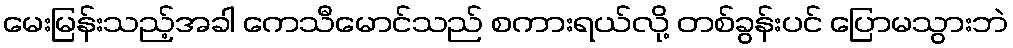
မေးမြန်းသည့်အခါ ကေသီမောင်သည် စကားရယ်လို့ တစ်ခွန်းပင် ပြောမသွားဘဲ